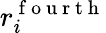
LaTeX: r_{i}^{\mathrm{~f~o~u~r~t~h~}}